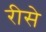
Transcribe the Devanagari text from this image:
रीसे